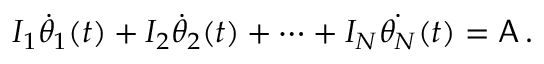
I _ { 1 } \dot { \theta } _ { 1 } ( t ) + I _ { 2 } \dot { \theta } _ { 2 } ( t ) + \cdots + I _ { N } \dot { \theta _ { N } } ( t ) = \mathsf { A } \, .